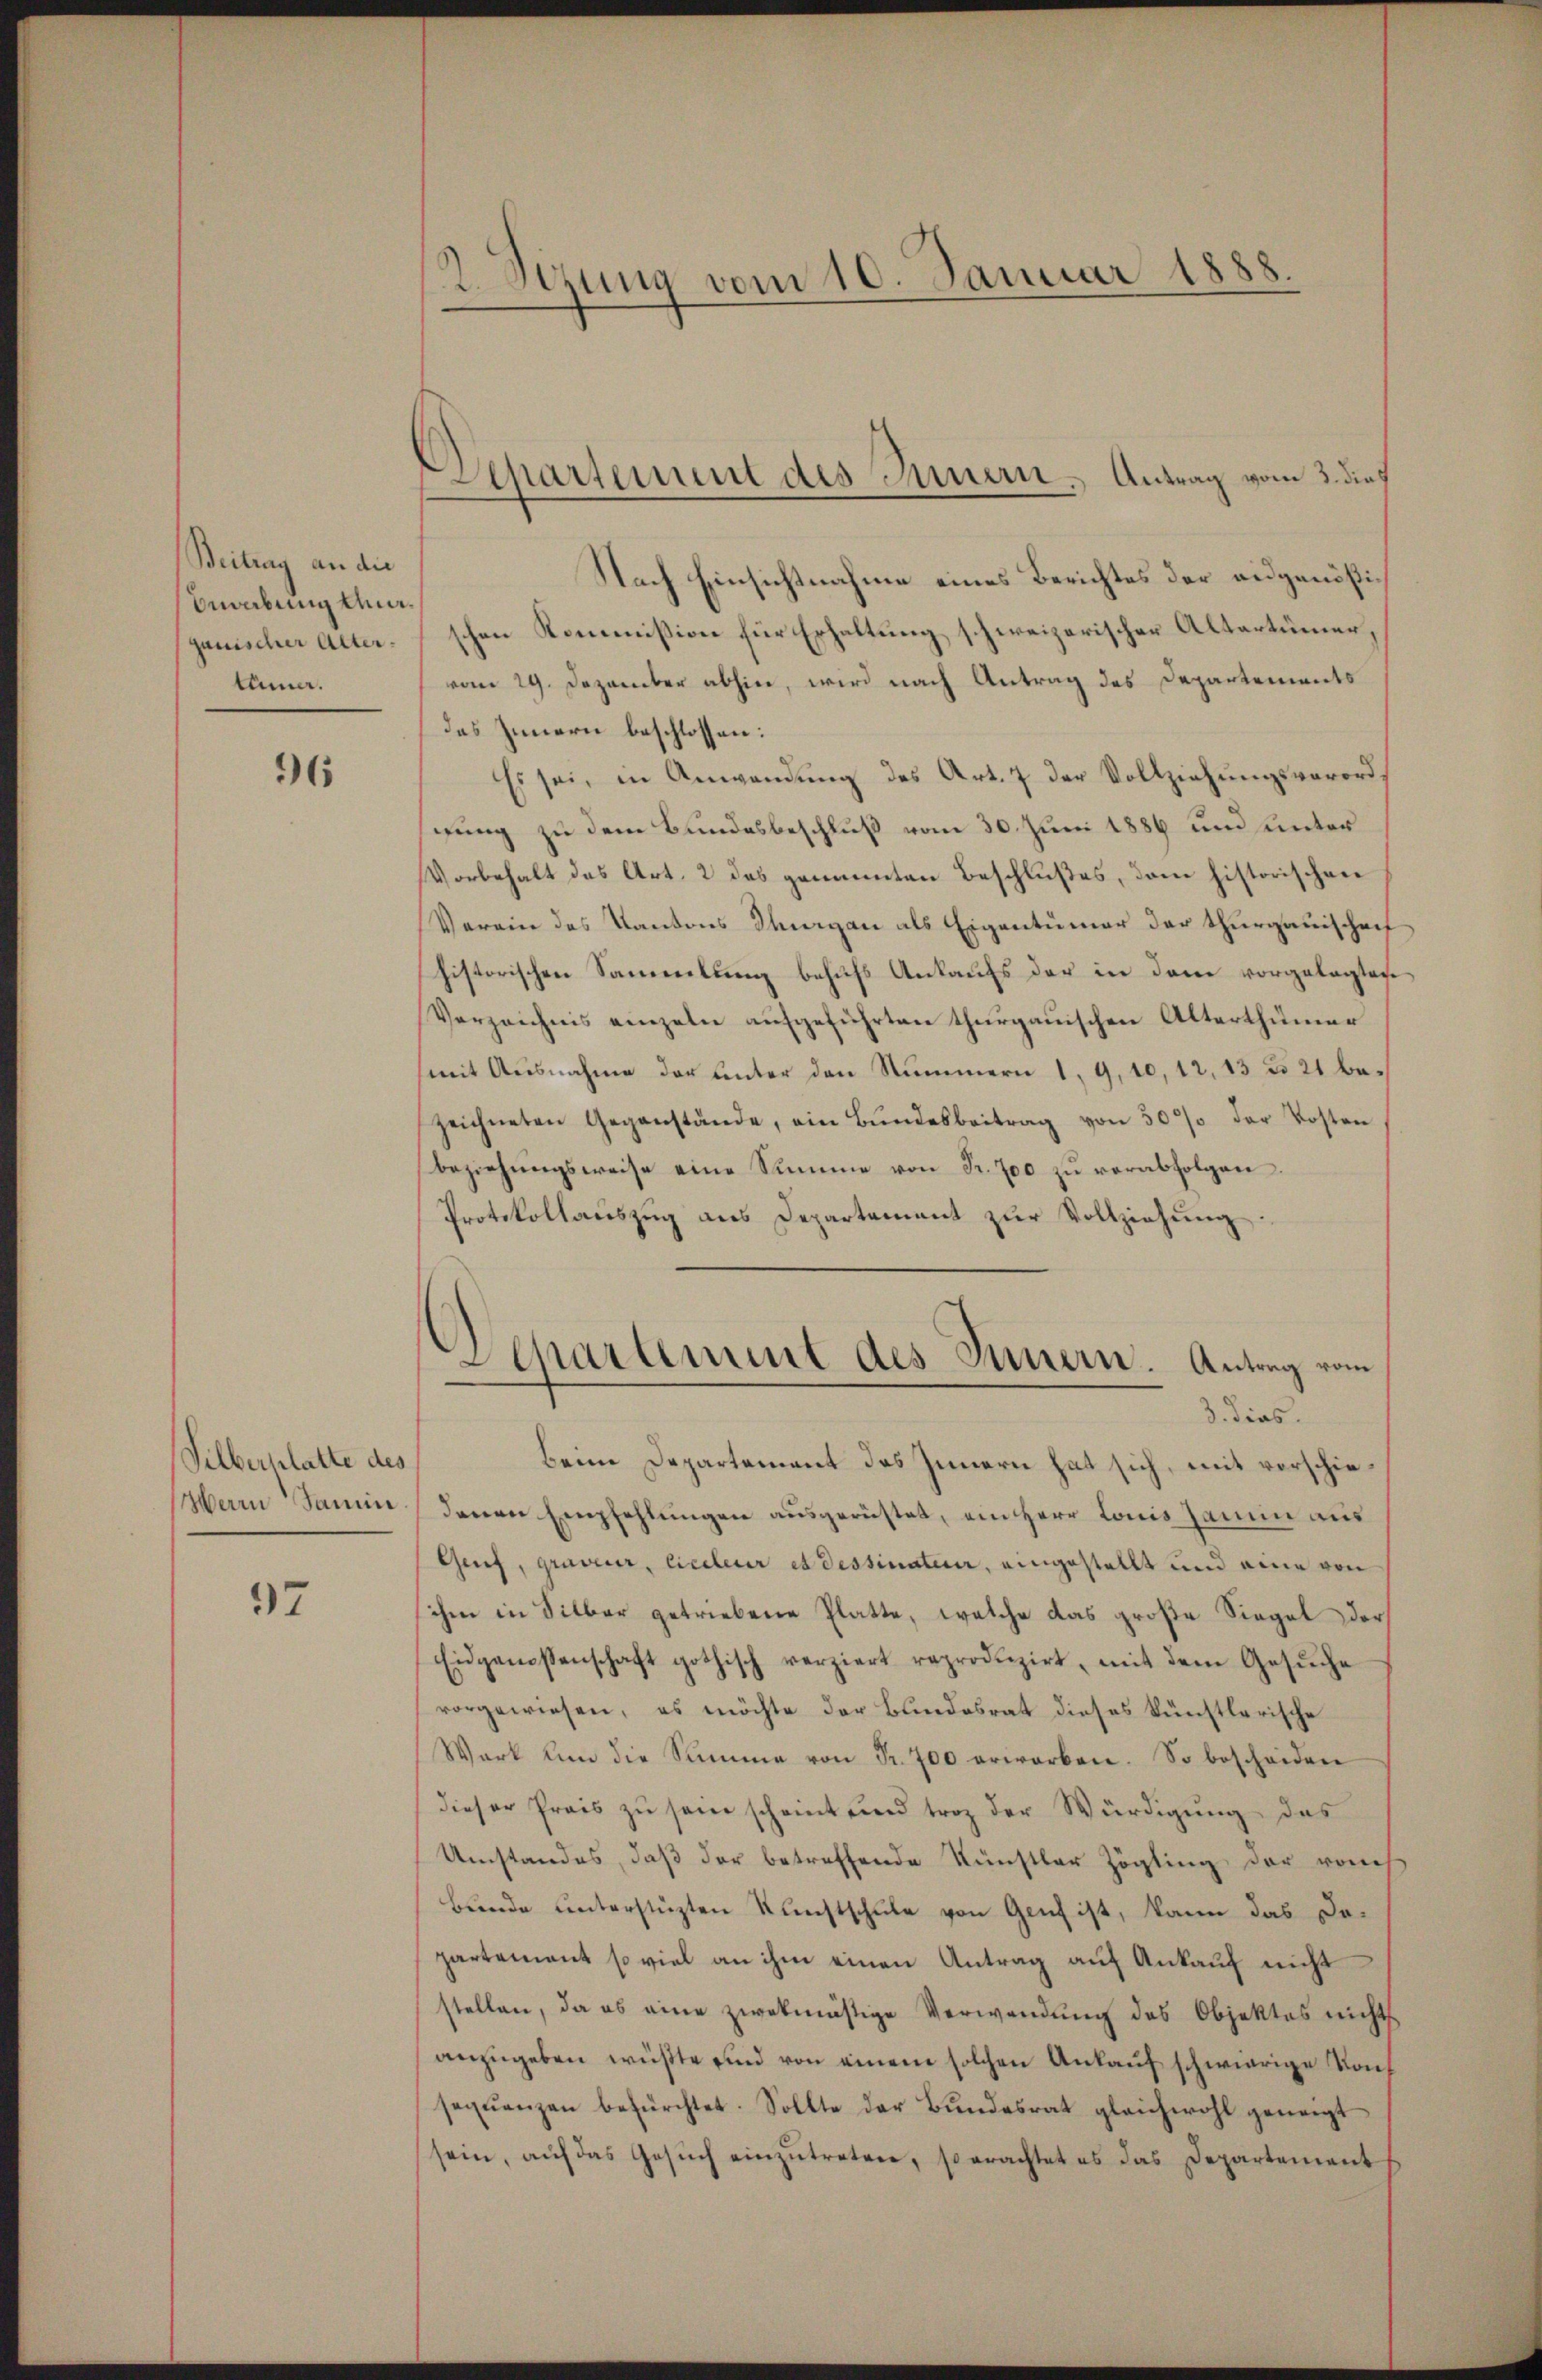
Beitrag an die
Begabung Unganischer Altertuma.

96

Silberplatte des
Herrn Samin

37

2. Sizung vom 10. Januar 1888.

Departement des Innern. Antrag vom 3. dies

Nach Einsichtnahme eines Berichtes der ausgenößischen Kommission für Erhaltung schweizerischer Altertümer,
vom 29. Dezember abhin, wird nach Antrag des Departements
des Innern beschlossen:
Es sei, in Anwendung des Art. 7 der Vollziehungsverordgung zu dem Bundesbeschluß vom 30. Juni 1886 und unter
Vorbehalt das Art. 2 des genannten Beschlußes, dem historischen
Verein des Kantons Thurgau als Eigentümer der thurgauischeif
historischen Sammlung behufs Ankaufs der in dem vorgelegten
Verzeichnis einzeln aŭfgeführten thurgauischen Alterthümer
mit Ausnahme der unter den Nummern 1, 9, 10,12,13 n 21 bezeichneten Gegenstände, ein Bŭndesbeitrag von 30% der Kosten
beziehungsweise eine Summe von Fr. 700 zu verabfolgen.
Protokollaŭszŭg ans Departement zŭr Vollziehung
Departement des Innern. Antrag vom
3. dies
Beim Departement des Innern hat sich, mit vorschiedenen Empfehlungen ausgerüstet, ein Herr Louis Janein aus
Grief, graveur, liceleur et dessinateur, eingestellt und eine von
ihm in Silber getriebene Platte, welche das große Siegel der
Eidgenossenschaft gothisch verziert reproduzirt, mit dem Gesŭche
vorgewiesen, es möchte der Bundesrat dieses künstlerische
Wark um die Summe von Fr. 700 erworben. So bescheiden
dieser Preis zu sein scheint und troz der Würdigung des
Umstandes, daß der betreffende Künstler Zögling der ronch
Bunde unterstüzten Kunstschule von Genf ist, kann das Dopartement so viel an ihm einen Antrag auf Ankauf nicht
stellen, da es eine zwekmäsige Verwendung des Objektes nichts
anzugeben wüßte und von einem solchen Ankauf schwierige Konseqŭenzen befürchtet. Sollte der Bŭndesrat gleichwohl geneigt
sein, aŭf das Gesŭch einzŭtreten, so erachtet es das Departement